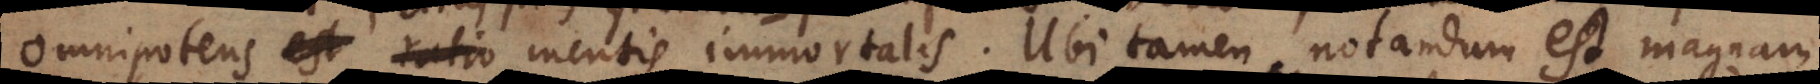
Omnipotens mentis immortalis. Ubi tamen notandum est magnam